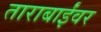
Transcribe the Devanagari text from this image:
ताराबाईंवर